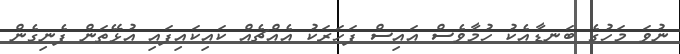
ނުވަ މަހުގެ ބަނޑާއެކު ހުމާވެސް އައިސް ފަހަރަކު އެއްޗެއް ކައިކައިފައި އުޅޭތަން ފެނިގެން